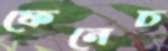
ফেনেচ